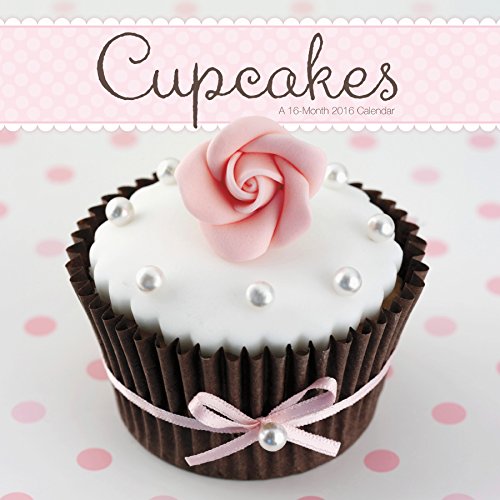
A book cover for Cupcakes 2016 Wall Calendar; Trends International; Calendars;